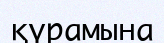
қүрамына